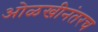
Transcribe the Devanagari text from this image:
ओळखीनंतरच